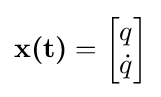
{\textbf {x(t)}}={\begin{bmatrix}q\\{\dot {q}}\\\end{bmatrix}}